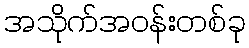
အသိုက်အဝန်းတစ်ခု